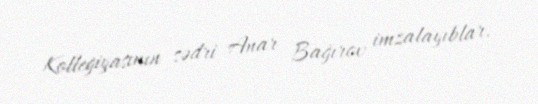
Kollegiyasının sədri Anar Bağırov imzalayıblar.